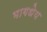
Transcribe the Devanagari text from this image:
भागधेय